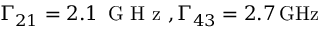
\Gamma _ { 2 1 } = 2 . 1 \, \textrm { G H z } , \Gamma _ { 4 3 } = 2 . 7 \mathrm { \, G H z }